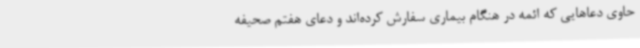
حاوی دعاهایی که ائمه در هنگام بیماری سفارش کرده‌اند و دعای هفتم صحیفه